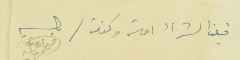
قبلنا الشراء احالة وكفالة / فرحات فرحات